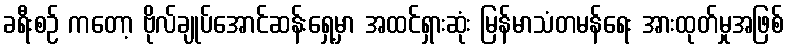
ခရီးစဉ် ကတော့ ဗိုလ်ချုပ်အောင်ဆန်းရှေ့မှာ အထင်ရှားဆုံး မြန်မာသံတမန်ရေး အားထုတ်မှုအဖြစ်